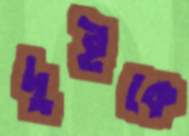
দুইকে